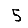
Digit: 5